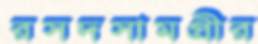
রসদসামগ্রীর